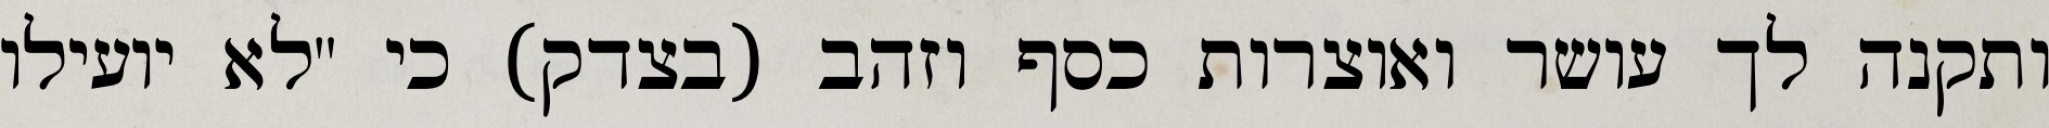
ותקנה לך עושר ואוצרות כסף וזהב (בצדק) כי "לא יועילו